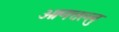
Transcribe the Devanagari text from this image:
ओणत्तल्लु